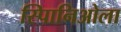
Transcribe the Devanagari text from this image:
स्पािनिओला